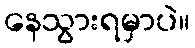
နေသွားရမှာပဲ။